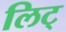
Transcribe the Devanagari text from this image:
लिट्‌